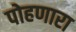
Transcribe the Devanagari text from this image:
पोहणारा